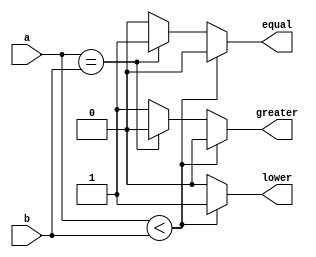
`timescale 1ns / 1ps
//////////////////////////////////////////////////////////////////////////////////
// Company: 
// Engineer: 
// 
// Design Name: 
// Module Name: comparator3bit
// Project Name: 
// Target Devices: 
// Tool Versions: 
// Description: 
// 
// Dependencies: 
// 
// Revision:
// Revision 0.01 - File Created
// Additional Comments:
// 
//////////////////////////////////////////////////////////////////////////////////


module comparator3bit(a,b,greater,equal,lower);
input[2:0] a,b;
 output reg equal, greater, lower;
   

always @ (a or b)
    begin 
     greater=0; equal=0; lower=0;
        if (a < b)
            begin
            greater = 0; equal = 0; lower = 1;
            end   
        else if (a == b)
            begin
            greater = 0; equal = 1; lower = 0;
            end
        else
            begin
            greater = 1; equal = 0; lower = 0;
            end
end  
endmodule